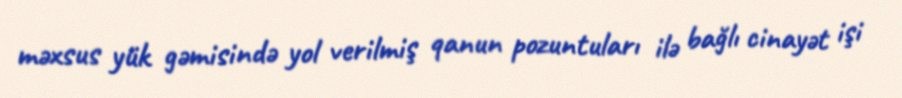
məxsus yük gəmisində yol verilmiş qanun pozuntuları ilə bağlı cinayət işi